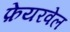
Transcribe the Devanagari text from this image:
फ़ेयरवेल